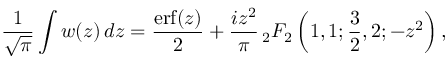
{ \frac { 1 } { \sqrt { \pi } } } \int w ( z ) \, d z = { \frac { \operatorname { e r f } ( z ) } { 2 } } + { \frac { i z ^ { 2 } } { \pi } } \, _ { 2 } F _ { 2 } \left( 1 , 1 ; { \frac { 3 } { 2 } } , 2 ; - z ^ { 2 } \right) ,